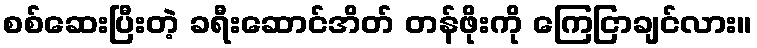
စစ်ဆေးပြီးတဲ့ ခရီးဆောင်အိတ် တန်ဖိုးကို ကြေငြာချင်လား။